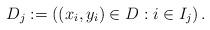
LaTeX: \begin{align*} D_{j}:=\left((x_i,y_i)\in D : i \in I_j\right).\end{align*}